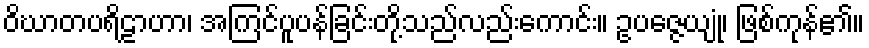
ဝိဃာတပရိဠာဟာ၊ အကြင်ပူပန်ခြင်းတို့သည်လည်းကောင်း။ ဥပဇ္ဇေယျုံ၊ ဖြစ်ကုန်၏။